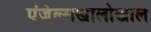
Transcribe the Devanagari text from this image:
एंजेल्सखालोखाल